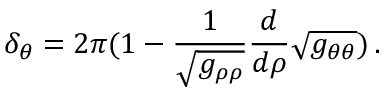
\delta _ { \theta } = 2 \pi ( 1 - \frac { 1 } { \sqrt { g _ { \rho \rho } } } \frac { d } { d \rho } \sqrt { g _ { \theta \theta } } ) \, .